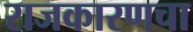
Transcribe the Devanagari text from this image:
राजकारणचा